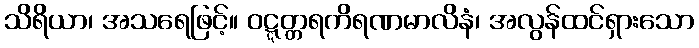
သိရိယာ၊ အသရေဖြင့်။ ဝဋ္ဋတ္တရကိရဏမာလိနံ၊ အလွန်ထင်ရှားသော